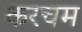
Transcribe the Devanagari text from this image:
करचम